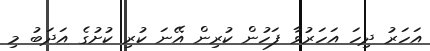
އަހަރު ދިހަ އަހަރުވާ ފަހުން ކުރިން އޭނަ ކުރި ކުށުގެ އަދަބު މި